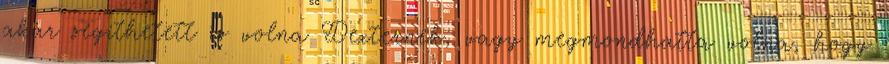
akár segíthetett is volna Dexternek, vagy megmondhatta volna, hogy